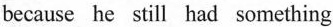
because he still had something